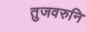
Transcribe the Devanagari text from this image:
तुजवरुनि